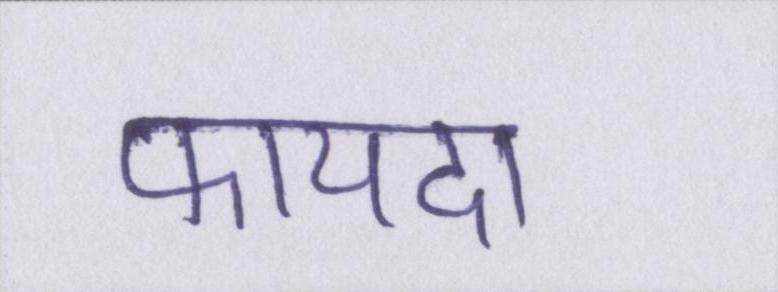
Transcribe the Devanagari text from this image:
फायदा